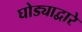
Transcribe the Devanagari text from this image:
घोड्याद्वारे